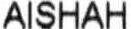
AISHAH